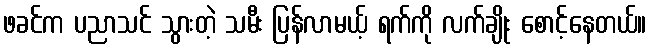
ဖခင်က ပညာသင် သွားတဲ့ သမီး ပြန်လာမယ့် ရက်ကို လက်ချိုး စောင့်နေတယ်။